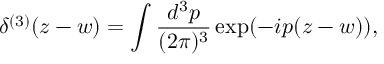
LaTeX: \delta ^ { ( 3 ) } ( z - w ) = \int \frac { d ^ { 3 } p } { ( 2 \pi ) ^ { 3 } } \exp ( - i p ( z - w ) ) ,